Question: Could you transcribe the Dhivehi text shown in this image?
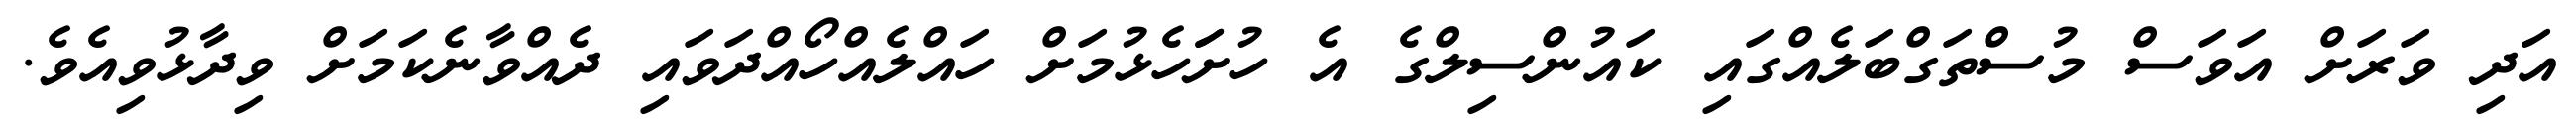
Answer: އަދި ވަރަށް އަވަސް މުސްތަގްބަލެއްގައި ކައުންސިލްގެ އެ ހުށަަހެޅުމަށް ހައްލެއްހޯއްދަވައި ދެއްވާނެކަމަށް ވިދާޅުވިއެވެ.